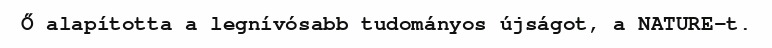
Ő alapította a legnívósabb tudományos újságot, a NATURE-t.